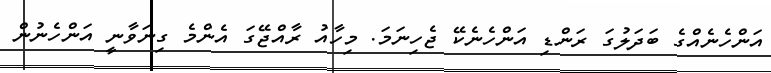
އަންހެނެއްގެ ބަދަލުގަ ރަންޑި އަންހެނެކޭ ޖެހިނަމަ. މިހާއު ރާއްޖޭގަ އެންމެ ގިނަވާނީ އަންހެނުން